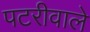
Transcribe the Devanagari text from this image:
पटरीवाले